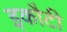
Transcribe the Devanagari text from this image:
इकौटी